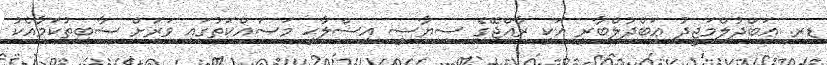
ޑރ. ޢަބްދުލްމަޖީދު ޢަބްދުލްބާރީ އަކީ ރާއްޖޭގެ ސިޔާސީ އިސްލާޙީ މަސައްކަތުގައި ވަރަށް ސާބިތުކަމާއެކު